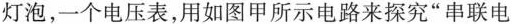
灯泡，一个电压表，用如图甲所示电路来探究”串联电